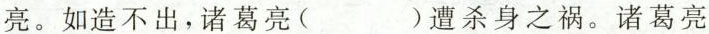
亮。如造不出，诸葛亮 ( ) 遭杀身之祸。诸葛亮